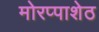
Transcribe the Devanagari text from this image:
मोरप्पाशेठ